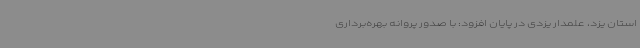
استان یزد، علمدار یزدی در پایان افزود: با صدور پروانه بهره‌برداری